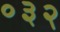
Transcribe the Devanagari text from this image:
०३२